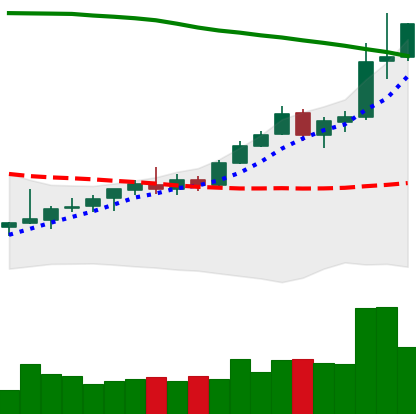
Ticker: TRX-USD
Chart end date: 2021-08-13
Forward return: -5.215%
Label: down_5_7